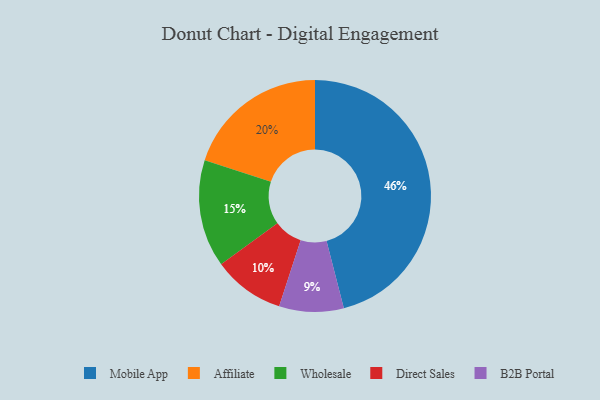
{"axis": {"x": "Category", "y": "Percentage"}, "legend": ["Affiliate", "B2B Portal", "Direct Sales", "Mobile App", "Wholesale"], "data": [{"x": "Mobile App", "y": 46, "type": "Mobile App"}, {"x": "B2B Portal", "y": 9, "type": "B2B Portal"}, {"x": "Affiliate", "y": 20, "type": "Affiliate"}, {"x": "Direct Sales", "y": 10, "type": "Direct Sales"}, {"x": "Wholesale", "y": 15, "type": "Wholesale"}]}